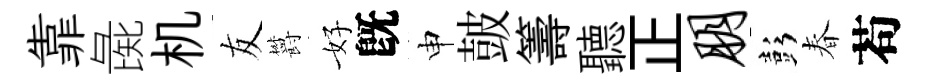
靠彘机友欝好旣申皷籌聽正朋彭春苟